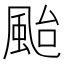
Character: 颱